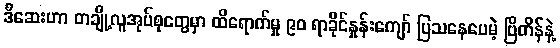
ဒီဆေးဟာ တချို့လူအုပ်စုတွေမှာ ထိရောက်မှု ၉၀ ရာခိုင်နှုန်းကျော် ပြသနေပေမဲ့ ဗြိတိန်နဲ့